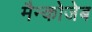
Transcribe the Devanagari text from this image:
मैन्कोजेब